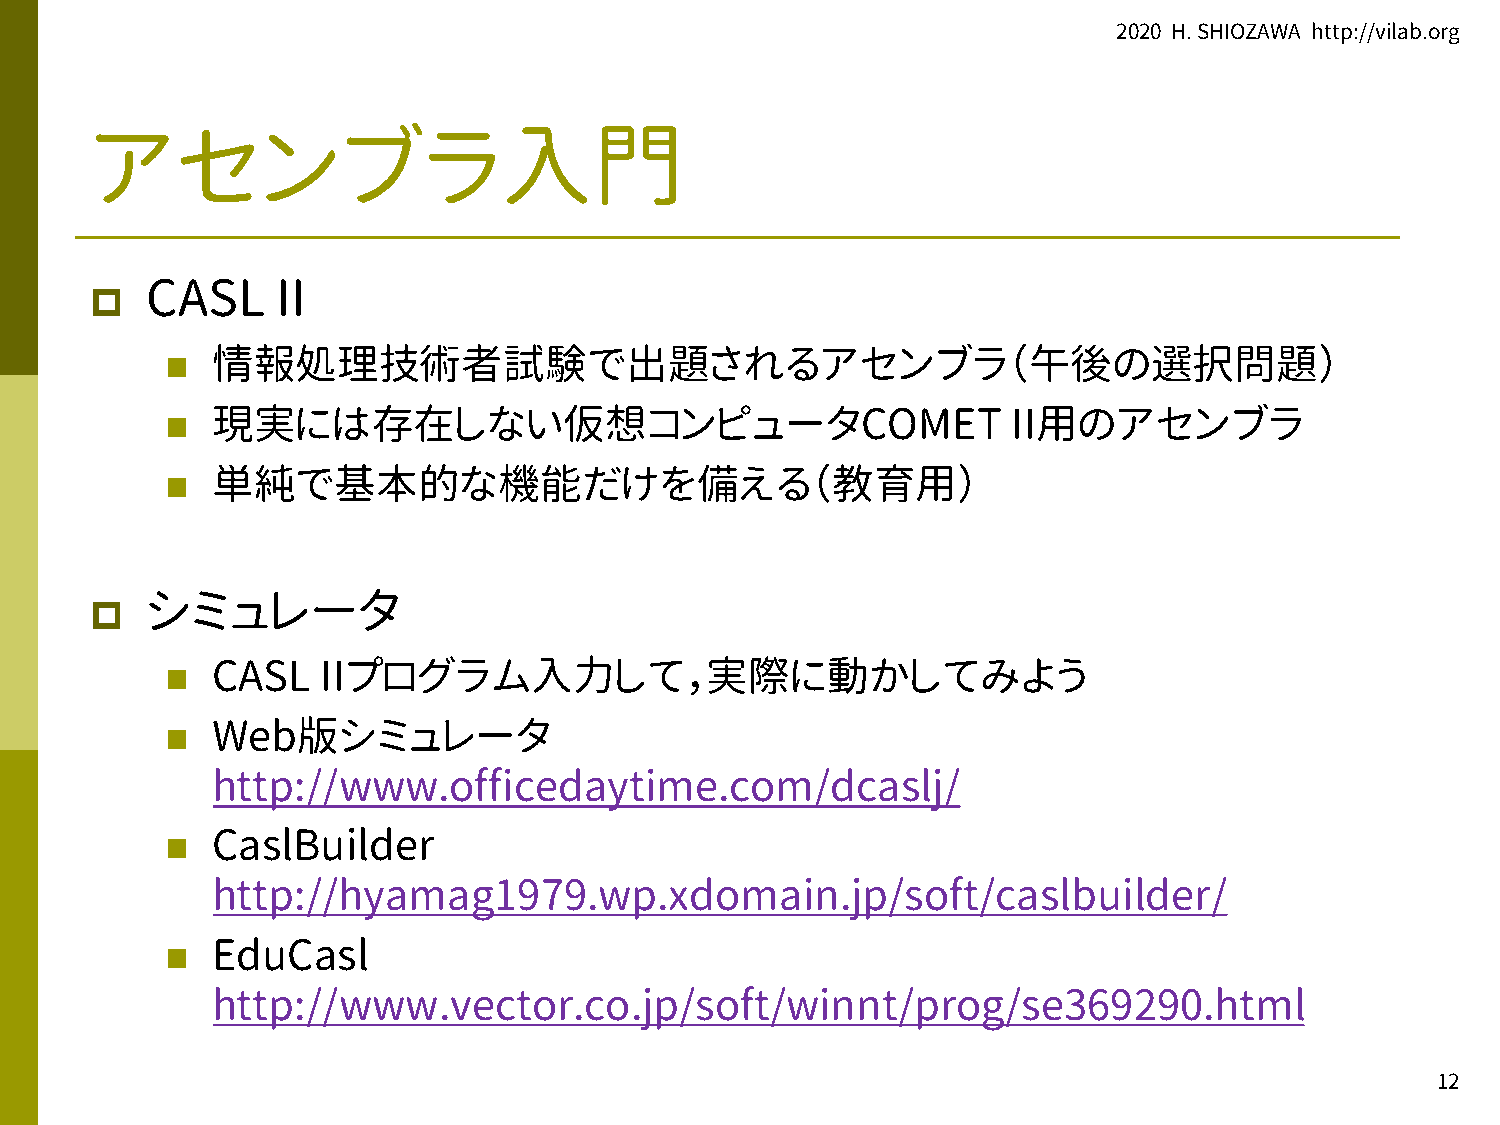
2020 H. SHIOZAWA http://vilab.org
 アセンブラ入門
 p   CASL    II
 n  情報処理技術者試験で出題されるアセンブラ（午後の選択問題）
 n  現実には存在しない仮想コンピュータCOMET                               II用のアセンブラ
 n  単純で基本的な機能だけを備える（教育用）
 p   シミュレータ
 n  CASL   IIプログラム入力して，実際に動かしてみよう
 n  Web版シミュレータ
 http://www.officedaytime.com/dcaslj/
 n  CaslBuilder
 http://hyamag1979.wp.xdomain.jp/soft/caslbuilder/
 n  EduCasl
 http://www.vector.co.jp/soft/winnt/prog/se369290.html
 12